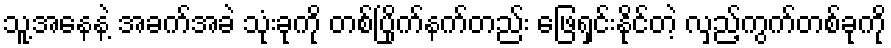
သူ့အနေနဲ့ အခက်အခဲ သုံးခုကို တစ်ပြိုက်နက်တည်း ဖြေရှင်းနိုင်တဲ့ လှည့်ကွက်တစ်ခုကို